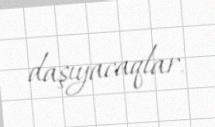
daşıyacaqlar.